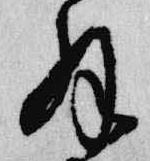
拝